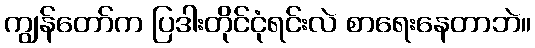
ကျွန်တော်က ပြဒါးတိုင်ငုံရင်းလဲ စာရေးနေတာဘဲ။